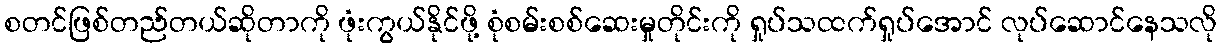
စတင်ဖြစ်တည်တယ်ဆိုတာကို ဖုံးကွယ်နိုင်ဖို့ စုံစမ်းစစ်ဆေးမှုတိုင်းကို ရှုပ်သထက်ရှုပ်အောင် လုပ်ဆောင်နေသလို